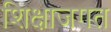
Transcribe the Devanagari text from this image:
शिक्षाजगत